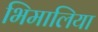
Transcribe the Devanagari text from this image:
भिमालिया